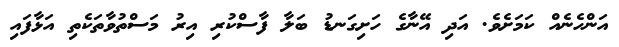
އަންހެނެއް ކަމަށެވެ. އަދި އޭނާގެ ހަށިގަނޑު ބަލާ ފާސްކުރި އިރު މަސްތުވާތަކެތި އަޅާފައި